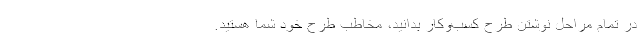
در تمام مراحل نوشتن طرح کسب‌وکار بدانید، مخاطب طرح خود شما هستید.